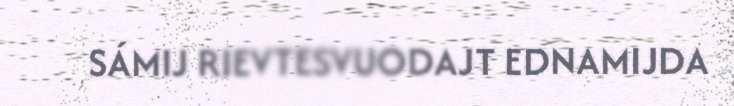
SÁMIJ RIEVTESVUODAJT EDNAMIJDA